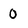
Character: 0